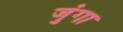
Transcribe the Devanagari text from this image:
जुंगा